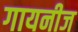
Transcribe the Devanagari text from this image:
गायनीज